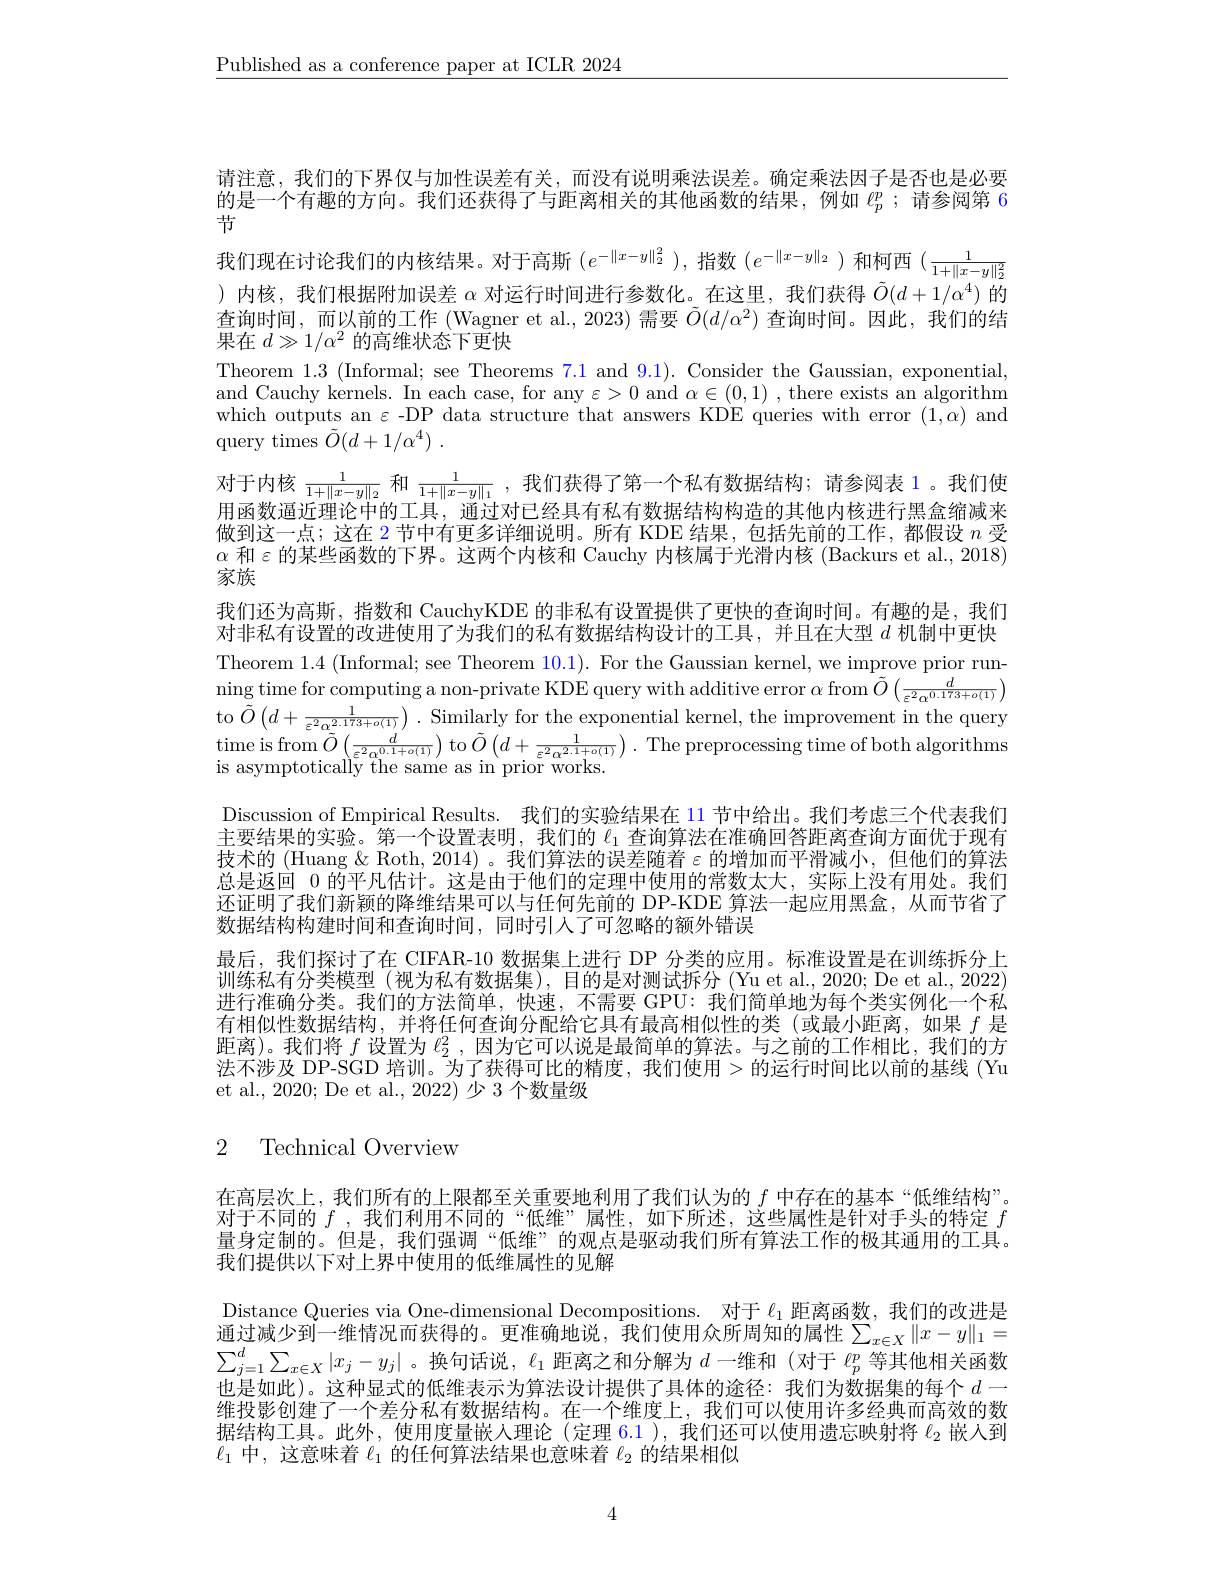
$\underline{\text{Published as a conference paper at ICLR 2024}}$

请注意，我们的下界仅与加性误差有关，而没有说明乘法误差。确定乘法因子是否也是必要的是一个有趣的方向。我们还获得了与距离相关的其他函数的结果，例如$\ell_p^p$ ;请参阅第 6节
我们现在讨论我们的内核结果。对于高斯$(e^{-\|x-y\|_2^2})$,指数$(e^{-\|x-y\|_2})$和柯西$(\frac1{1+\|x-y\|_2^2}$ )内核，我们根据附加误差$\alpha$对运行时间进行参数化。在这里，我们获得$\tilde{O}(d+1/\alpha^4)$的$\begin{array}{l}\text{查询时间，而以前的工作(Wagner et al.,2023)需要}\tilde{O}(d/\alpha^{2})\text{ 查询时间。因此，我们的结}\\\text{果在 }d\gg1/\alpha^{2}\text{ 的高维状态下更快}\end{array}$ Theorem 1.3 ( Informal; see Theorems 7. 1 and 9. 1) . Consider the Gaussian, exponential, and Cauchy kermels. In each case, for any $\varepsilon>0$ and $\alpha\in(0,1)$ ,there exists an algorithm which outputs an $\varepsilon$ -DP data structure that answers KDE queries with error $(1,\alpha)$ and query times $\tilde{O} ( d+ 1/ \alpha ^4)$ .
对于内核$\frac1{1+\|x-y\|_2}$和$\frac1{1+\|x-y\|_1}$,我们获得了第一个私有数据结构；请参阅表 1。我们使田函数语近理论中的工目 通过对曰经月右升右断母结构构造的甘仙巾核进行严合缩减夹用函数逼近理论中的工具，通过对已经具有私有数据结构构造的其他内核进行黑盒缩减来做到这一点；这在 2 节中有更多详细说明。所有 KDE 结果，包括先前的工作，都假设$n$受$\alpha$ 和$\varepsilon$ 的某些函数的下界。这两个内核和 Cauchy 内核属于光滑内核 (Backurs et al., 2018) 家族
我们还为高斯，指数和 CauchyKDE 的非私有设置提供了更快的查询时间。有趣的是，我们对非私有设置的改进使用了为我们的私有数据结构设计的工具，并且在大型$d$机制中更快Theorem 1.4 (Informal; see Theorem $\color{red}{10.1}).$ For the Gaussian kernel, we improve prior running time for computing a non-private KDE query with additive error $\alpha\operatorname{from}\tilde{O}\left(\frac d{\varepsilon^2\alpha^{0.173+o(1)}}\right)$ to $\tilde{O}\left(d+\frac1{\varepsilon^{2}\alpha_{\tilde{\zeta}{\prime}}^{2.173+o(1)}}\right).$ Similarly for the exponential kernel, the improvement in the query $\begin{array}{c}{\text{time is from}\tilde{O}}\left(\frac{d}{\varepsilon^{2}\alpha_{t}^{0.1+o(1)}}\right)\operatorname{to}\tilde{O}\left(d+\frac{1}{\varepsilon^{2}\alpha^{2.1+o(1)}}\right).&{\mathrm{The~preprocessing~time~of~both~algorithms}}\end{array}$ is asymptotically the same as in prior works.
Discussion of Empirical Results. 我们的实验结果在 11 节中给出。我们考虑三个代表我们主要结果的实验。第一个设置表明，我们的$\ell_{1}$查询算法在准确回答距离查询方面优于现有技术的 (Huang & Roth, 2014)。我们算法的误差随着$\varepsilon$的增加而平滑减小，但他们的算法总是返回0的平凡估计。这是由于他们的定理中使用的常数太大，实际上没有用处。我们还证明了我们新颖的降维结果可以与任何先前的 DP-KDE 算法一起应用黑盒，从而节省了数据结构构建时间和查询时间，同时引人了可忽略的额外错误
最后，我们探讨了在 CIFAR-10 数据集上进行 DP 分类的应用。标准设置是在训练拆分上训练私有分类模型(视为私有数据集),目的是对测试拆分(Yu et al.,2020; De et al., 2022) 进行准确分类。我们的方法简单，快速，不需要 GPU: 我们简单地为每个类实例化一个私有相似性数据结构，并将任何查询分配给它具有最高相似性的类(或最小距离，如果$f$是距离)。我们将$f$设置为$\ell_2^2$,因为它可以说是最简单的算法。与之前的工作相比，我们的方法不涉及 DP-SGD 培训。为了获得可比的精度，我们使用>的运行时间比以前的基线 (Yu et al., 2020; De et al., 2022) 少 3 个数量级

# 2 Technical Overview

在高层次上，我们所有的上限都至关重要地利用了我们认为的$f$中存在的基本“低维结构”。对于不同的$f$ ,我们利用不同的“低维”属性，如下所述，这些属性是针对手头的特定$f$ 量身定制的。但是，我们强调“低维”的观点是驱动我们所有算法工作的极其通用的工具。我们提供以下对上界中使用的低维属性的见解
Distance Queries via One-dimensional Decompositions. 对于$\ell_1$距离函数，我们的改进是通过减少到一维情况而获得的。更准确地说，我们使用众所周知的属性$\sum_x\in X\|x-y\|_1=$ $\sum_{j=1}^d\sum_{x\in X}|x_j-y_j|$。换句话说，$\ell_1$距离之和分解为$d$一维和 (对于$\ell_p^p$等其他相关函数也是如此)。这种显式的低维表示为算法设计提供了具体的途径：我们为数据集的每个$d$一维投影创建了一个差分私有数据结构。在一个维度上，我们可以使用许多经典而高效的数据结构工具。此外，使用度量嵌入理论(定理 6.1), 我们还可以使用遗忘映射将$\ell_{2}$嵌人到$\ell_1$中，这意味着$\ell_1$的任何算法结果也意味着$\ell_2$的结果相似

4